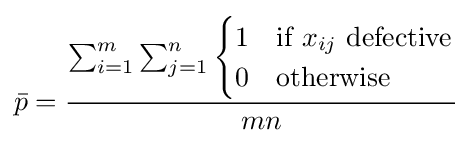
{\bar {p}}={\frac {\sum _{i=1}^{m}\sum _{j=1}^{n}{\begin{cases}1&{\mbox{if }}x_{ij}{\mbox{ defective}}\\0&{\mbox{otherwise}}\end{cases}}}{mn}}